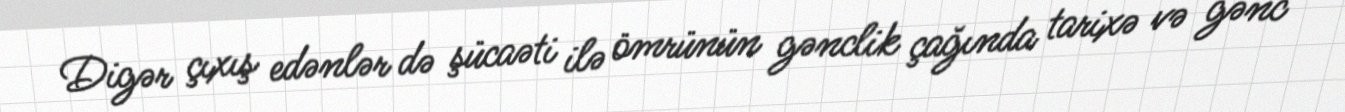
Digər çıxış edənlər də şücaəti ilə ömrünün gənclik çağında tarixə və gənc